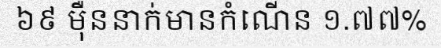
៦៩ ម៉ឺននាក់មានកំណើន ១.៧៧%